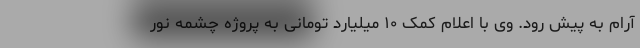
آرام به پیش رود. وی با اعلام کمک ۱۰ میلیارد تومانی به پروژه چشمه نور